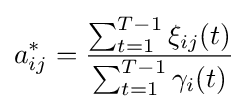
a_{ij}^{*}={\frac {\sum _{t=1}^{T-1}\xi _{ij}(t)}{\sum _{t=1}^{T-1}\gamma _{i}(t)}}